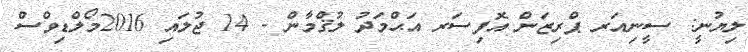
ލިޔުނީ: ސީނިއަރ ޕްރިޒަން އޮފިސަރ އަޙްމަދު ލުޤްމާން - 14 ޖުލައި 2016މޯލްޑިވްސް